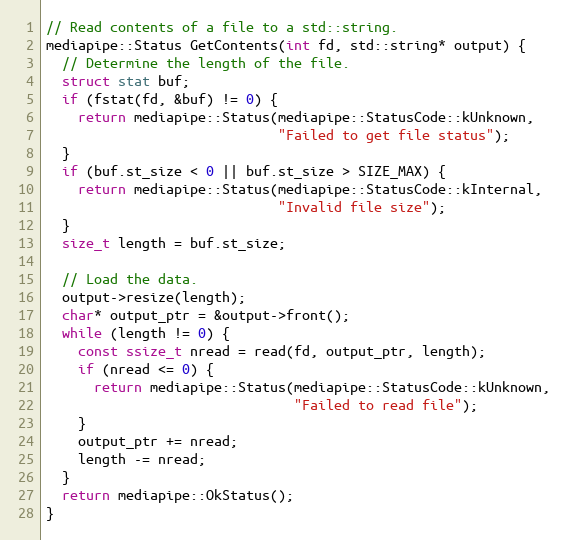
Language: C++
// Read contents of a file to a std::string.
mediapipe::Status GetContents(int fd, std::string* output) {
  // Determine the length of the file.
  struct stat buf;
  if (fstat(fd, &buf) != 0) {
    return mediapipe::Status(mediapipe::StatusCode::kUnknown,
                             "Failed to get file status");
  }
  if (buf.st_size < 0 || buf.st_size > SIZE_MAX) {
    return mediapipe::Status(mediapipe::StatusCode::kInternal,
                             "Invalid file size");
  }
  size_t length = buf.st_size;

  // Load the data.
  output->resize(length);
  char* output_ptr = &output->front();
  while (length != 0) {
    const ssize_t nread = read(fd, output_ptr, length);
    if (nread <= 0) {
      return mediapipe::Status(mediapipe::StatusCode::kUnknown,
                               "Failed to read file");
    }
    output_ptr += nread;
    length -= nread;
  }
  return mediapipe::OkStatus();
}